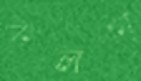
কলকা